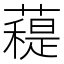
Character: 𧀖